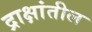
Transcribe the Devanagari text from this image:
द्राक्षांतील